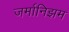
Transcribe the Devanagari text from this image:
जर्मानिझम